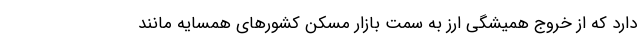
دارد که از خروج همیشگی ارز به سمت بازار مسکن کشور‌های همسایه مانند